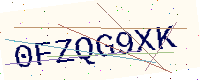
Text: 0FZQG9XK